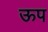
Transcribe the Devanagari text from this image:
ऊप